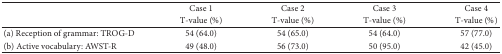
<table><thead><tr><td>[EMPTY_CELL]</td><td><b>Case 1</b></td><td><b>Case 2</b></td><td><b>Case 3</b></td><td><b>Case 4</b></td></tr><tr><td>[EMPTY_CELL]</td><td><b>T-value (%)</b></td><td><b>T-value (%)</b></td><td><b>T-value (%)</b></td><td><b>T-value (%)</b></td></tr></thead><tbody><tr><td>(a) Reception of grammar: TROG-D</td><td>54 (64.0)</td><td>54 (65.0)</td><td>54 (64.0)</td><td>57 (77.0)</td></tr><tr><td>(b) Active vocabulary: AWST-R</td><td>49 (48.0)</td><td>56 (73.0)</td><td>50 (95.0)</td><td>42 (45.0)</td></tr></tbody></table>